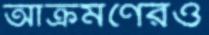
আক্রমণেরও